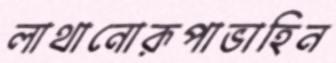
লাথানোরূপাভাহিন